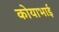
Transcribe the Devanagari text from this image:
कोयाभाई